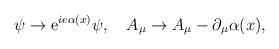
LaTeX: \begin{align*}\psi \rightarrow {\rm e}^{ie \alpha(x)} \psi, \quad A_\mu \rightarrow A_\mu - \partial_\mu \alpha (x), \end{align*}